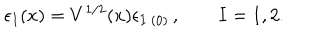
\epsilon _ { I } ( x ) = V ^ { 1 / 2 } ( x ) \epsilon _ { I \ ( 0 ) } \, , \qquad I = 1 , 2 .